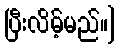
ပြီးလိမ့်မည်။]